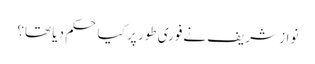
نواز شریف نےفوری طور پر کیا حکم دیا تھا؟